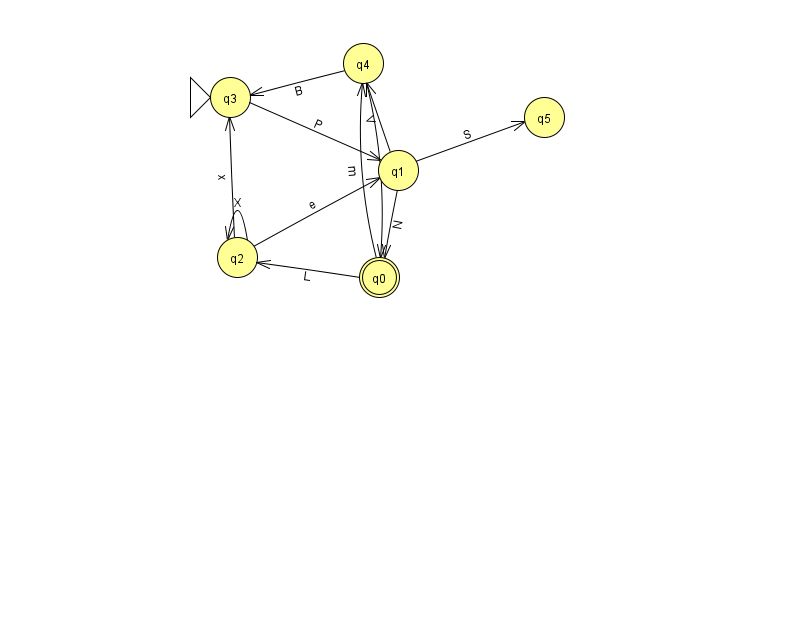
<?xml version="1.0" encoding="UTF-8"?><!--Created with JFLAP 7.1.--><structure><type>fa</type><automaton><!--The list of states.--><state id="0" name="q0"><x>379.0</x><y>264.0</y><final/></state><state id="1" name="q1"><x>398.0</x><y>157.0</y></state><state id="2" name="q2"><x>237.0</x><y>244.0</y></state><state id="3" name="q3"><x>230.0</x><y>84.0</y><initial/></state><state id="4" name="q4"><x>363.0</x><y>50.0</y></state><state id="5" name="q5"><x>544.0</x><y>104.0</y></state><!--The list of transitions.--><transition><from>0</from><to>4</to><read>m</read></transition><transition><from>1</from><to>4</to><read>V</read></transition><transition><from>0</from><to>2</to><read>L</read></transition><transition><from>1</from><to>0</to><read>N</read></transition><transition><from>2</from><to>1</to><read>e</read></transition><transition><from>2</from><to>3</to><read>x</read></transition><transition><from>2</from><to>2</to><read>X</read></transition><transition><from>4</from><to>3</to><read>B</read></transition><transition><from>4</from><to>0</to><read>b</read></transition><transition><from>3</from><to>1</to><read>P</read></transition><transition><from>1</from><to>5</to><read>S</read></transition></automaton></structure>